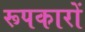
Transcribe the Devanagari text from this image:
रूपकारों